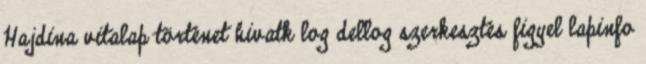
Hajdina vitalap történet hivatk log dellog szerkesztés figyel lapinfo